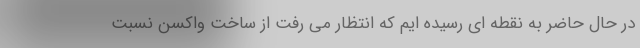
در حال حاضر به نقطه ای رسیده ایم که انتظار می رفت از ساخت واکسن نسبت